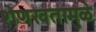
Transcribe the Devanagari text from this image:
शेणखतामुळे